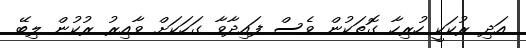
އަދި ރުކަކީ ހުރިހާ ގޮތަކުން ވެސް ފައިދާވާ ގަހަކަށް ވާއިރު ރުކުން ލިބޭ